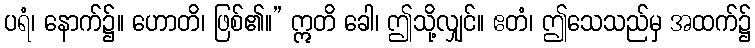
ပရံ၊ နောက်၌။ ဟောတိ၊ ဖြစ်၏။” ဣတိ ခေါ၊ ဤသို့လျှင်။ ဧတံ၊ ဤသေသည်မှ အထက်၌